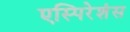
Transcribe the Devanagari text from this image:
एस्पिरेशंस